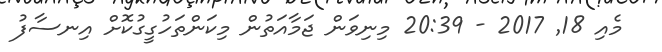
މެއި 18